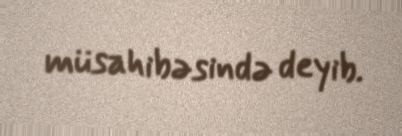
müsahibəsində deyib.